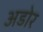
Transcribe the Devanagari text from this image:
अडोर